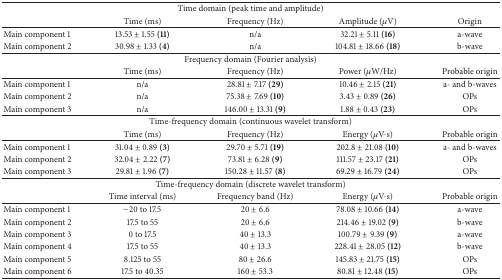
<table><thead><tr><td colspan="5"><b>Time domain (peak time and amplitude)</b></td></tr><tr><td><b> </b></td><td><b>Time (ms) </b></td><td><b>Frequency (Hz) </b></td><td><b>Amplitude (<i>μ</i>V) </b></td><td><b>Origin </b></td></tr></thead><tbody><tr><td>Main component 1 </td><td>13.53 ± 1.55 <b>(11)</b></td><td>n/a </td><td>32.21 ± 5.11 <b>(16)</b></td><td>a-wave</td></tr><tr><td>Main component 2</td><td>30.98 ± 1.33 <b>(4)</b></td><td>n/a</td><td>104.81 ± 18.66 <b>(18)</b></td><td> b-wave</td></tr><tr><td colspan="5">Frequency domain (Fourier analysis)</td></tr><tr><td> </td><td>Time (ms)</td><td>Frequency (Hz) </td><td>Power (<i>μ</i>W/Hz) </td><td>Probable origin </td></tr><tr><td>Main component 1 </td><td>n/a</td><td>28.81 ± 7.17 <b>(29)</b></td><td>10.46 ± 2.15 <b>(21)</b></td><td>a- and b-waves </td></tr><tr><td>Main component 2 </td><td>n/a</td><td>75.38 ± 7.69 <b>(10)</b></td><td>3.43 ± 0.89 <b>(26)</b></td><td>OPs</td></tr><tr><td>Main component 3</td><td>n/a</td><td>146.00 ± 13.31 <b>(9)</b></td><td>1.88 ± 0.43 <b>(23)</b></td><td> OPs</td></tr><tr><td colspan="5">Time-frequency domain (continuous wavelet transform)</td></tr><tr><td> </td><td>Time (ms) </td><td>Frequency (Hz) </td><td>Energy (<i>μ</i>V<i>·</i>s) </td><td>Probable origin </td></tr><tr><td>Main component 1</td><td>31.04 ± 0.89 <b>(3)</b></td><td>29.70 ± 5.71 <b>(19)</b></td><td>202.8 ± 21.08 <b>(10)</b></td><td>a- and b-waves</td></tr><tr><td> Main component 2 </td><td>32.04 ± 2.22 <b>(7)</b></td><td>73.81 ± 6.28 <b>(9)</b></td><td>111.57 ± 23.17 <b>(21)</b></td><td> OPs </td></tr><tr><td>Main component 3</td><td>29.81 ± 1.96 <b>(7)</b></td><td>150.28 ± 11.57 <b>(8)</b></td><td>69.29 ± 16.79 <b>(24)</b></td><td>OPs</td></tr><tr><td colspan="5">Time-frequency domain (discrete wavelet transform)</td></tr><tr><td> </td><td>Time interval (ms) </td><td>Frequency band (Hz)</td><td>Energy (<i>μ</i>V<i>·</i>s)</td><td>Probable origin</td></tr><tr><td>Main component 1</td><td>−20 to 17.5</td><td>20 ± 6.6</td><td>78.08 ± 10.66 <b>(14)</b></td><td>a-wave</td></tr><tr><td>Main component 2</td><td>17.5 to 55</td><td>20 ± 6.6</td><td>214.46 ± 19.02 <b>(9)</b></td><td>b-wave</td></tr><tr><td>Main component 3</td><td>0 to 17.5</td><td>40 ± 13.3</td><td>100.79 ± 9.39 <b>(9)</b></td><td>a-wave</td></tr><tr><td>Main component 4</td><td>17.5 to 55</td><td>40 ± 13.3</td><td>228.41 ± 28.05 <b>(12)</b></td><td>b-wave</td></tr><tr><td>Main component 5</td><td>8.125 to 55</td><td>80 ± 26.6</td><td>145.83 ± 21.75 <b>(15)</b></td><td>OPs</td></tr><tr><td>Main component 6</td><td>17.5 to 40.35</td><td>160 ± 53.3</td><td>80.81 ± 12.48 <b>(15)</b></td><td>OPs</td></tr></tbody></table>